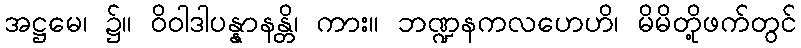
အဋ္ဌမေ၊ ၌။ ဝိဝါဒါပန္နာနန္တိ၊ ကား။ ဘဏ္ဍနကလဟေဟိ၊ မိမိတို့ဖက်တွင်